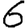
Digit: 6